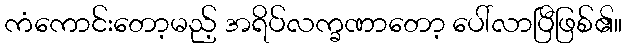
ကံကောင်းတော့မည့် အရိပ်လက္ခဏာတော့ ပေါ်လာပြီဖြစ်၏။